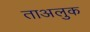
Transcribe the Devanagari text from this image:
ताअलुक